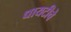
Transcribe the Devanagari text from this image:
धायटीचे